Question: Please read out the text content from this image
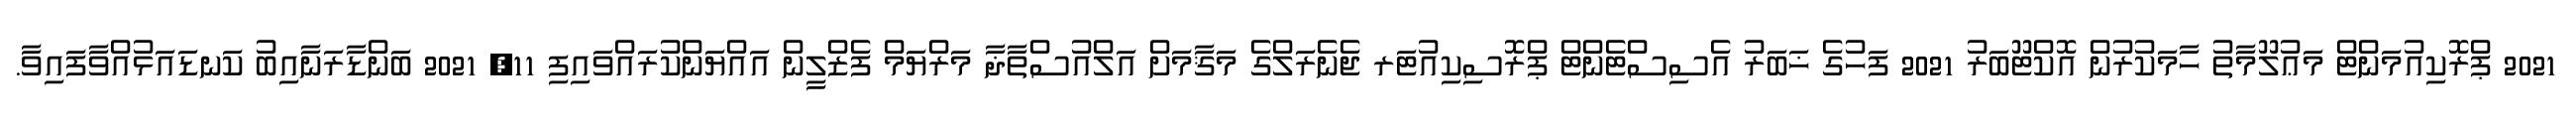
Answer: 2021 ޕްރޮކިއުމަންޓް މަޢުލޫމާތު ހާމަކުރުން އޮކްޓޫބަރު 2021 ފަހުގެ ޚަބަރު އެސިސްޓެންޓް ޕްރޮސިކިއުޓަރ ޖެނެރަލްގެ މަޤާމަށް އަލްއުސްތާޛާ މަރްޔަމް ފެޒްލީން އައްޔަންކުރައްވައިފި 11, 2021 ބަންޑާރަނާއިބު ކަނޑައަޅުއްވާފައިވާ.